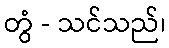
တွံ - သင်သည်၊